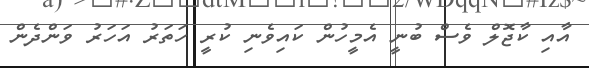
އާއި ކާޖޮލް ވެސް ބުނީ އެމީހުން ކައިވެނި ކުރީ ހަތަރު އަހަރު ވަންދެން